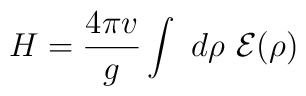
H =  \frac{4\pi v}{g}  \int~d\rho~\cal{E}(\rho)